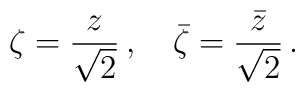
\zeta = {z  \over \sqrt{2}} \, ,\quad  {\bar \zeta} = {\bar z\over \sqrt{2} }\,.